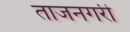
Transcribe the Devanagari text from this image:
ताजनगरी